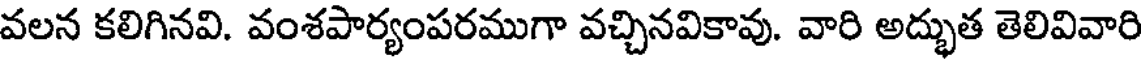
వలన కలిగినవి. వంశపార్యంపరముగా వచ్చినవికావు. వారి అద్భుత తెలివివారి